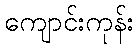
ကျောင်းကုန်း